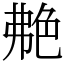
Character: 艴